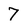
Character: 7